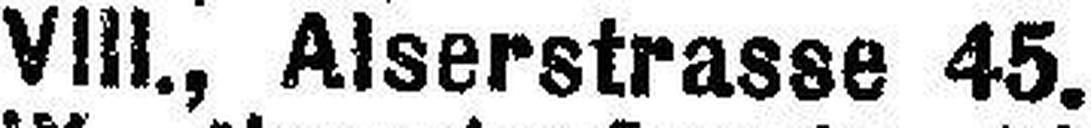
VIII., Alserstrasse 45.